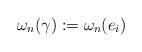
LaTeX: \begin{align*}\omega_n(\gamma) := \omega_n(e_i)\end{align*}